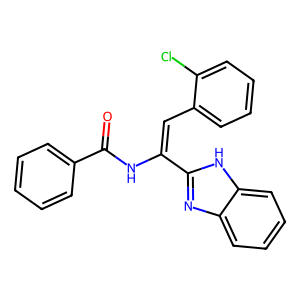
SMILES: O=C(NC(=Cc1ccccc1Cl)c1nc2ccccc2[nH]1)c1ccccc1
Inhibits HIV replication: No